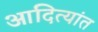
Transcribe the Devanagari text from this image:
आदित्यांत